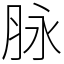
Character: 脉